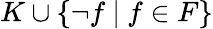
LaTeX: K\cup\{ \neg f~|~f\in F\}